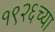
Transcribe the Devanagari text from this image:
१९२६च्या